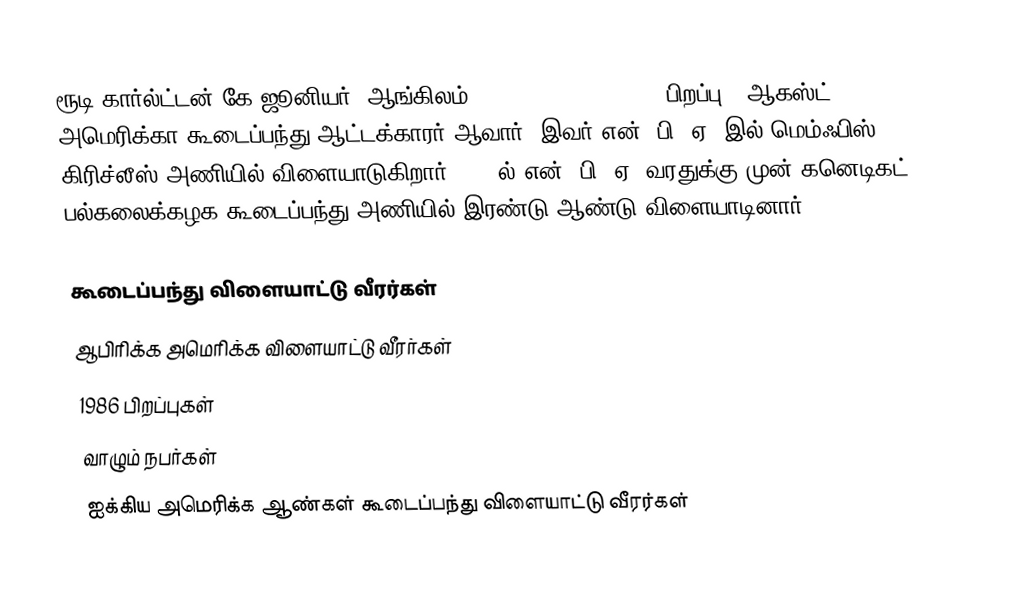
ரூடி கார்ல்ட்டன் கே ஜூனியர் (ஆங்கிலம்:Rudy Carlton Gay Jr., பிறப்பு - ஆகஸ்ட் 17, 1986) அமெரிக்கா கூடைப்பந்து ஆட்டக்காரர் ஆவார். இவர் என். பி. ஏ.-இல் மெம்ஃபிஸ் கிரிச்லீஸ் அணியில் விளையாடுகிறார். 2006ல் என். பி. ஏ. வரதுக்கு முன் கனெடிகட் பல்கலைக்கழக கூடைப்பந்து அணியில் இரண்டு ஆண்டு விளையாடினார்.

கூடைப்பந்து விளையாட்டு வீரர்கள்
ஆபிரிக்க அமெரிக்க விளையாட்டு வீரர்கள்
1986 பிறப்புகள்
வாழும் நபர்கள்
ஐக்கிய அமெரிக்க ஆண்கள் கூடைப்பந்து விளையாட்டு வீரர்கள்